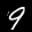
Label: 9